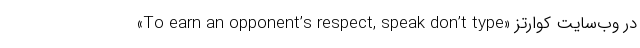
«To earn an opponent’s respect, speak don’t type» در وب‌سایت کوارتز